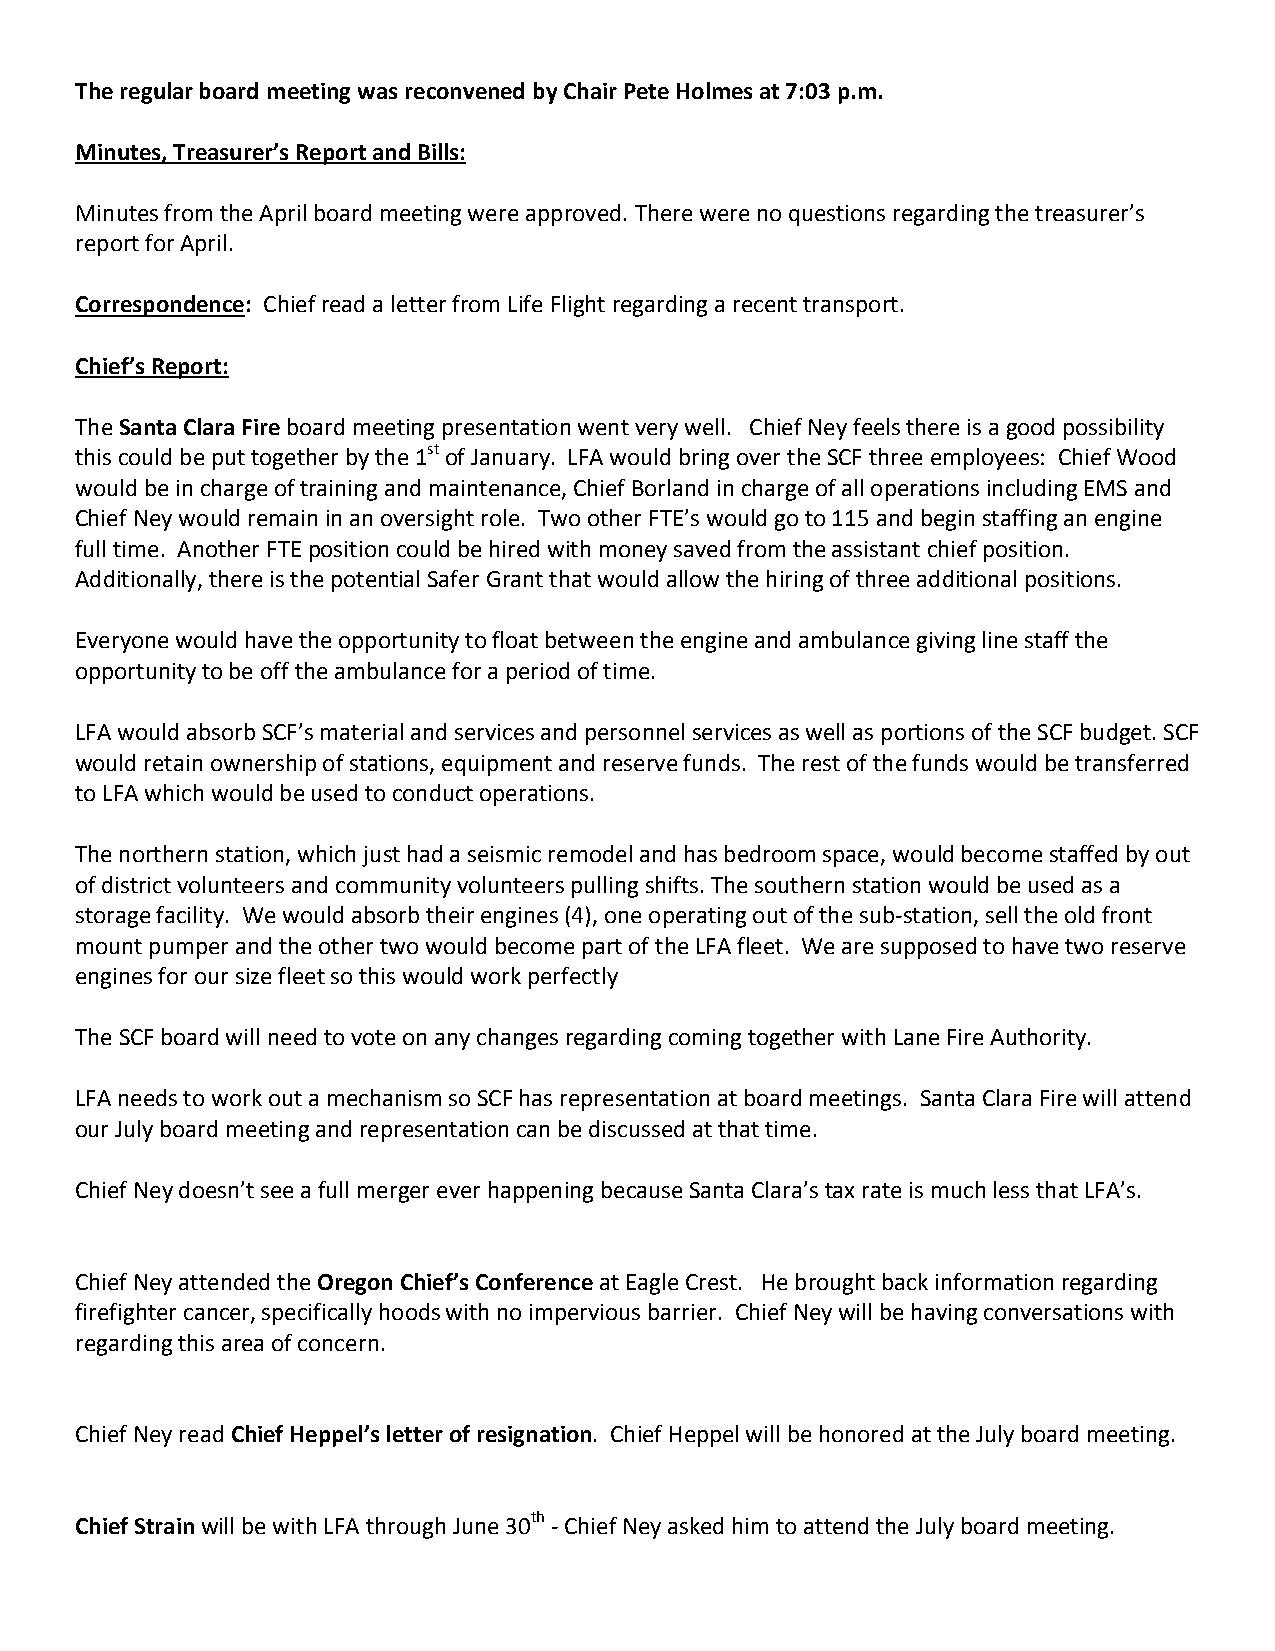
The regular board meeting was reconvened by Chair Pete Holmes at 7:03 p.m.
 Minutes, Treasurer’s Report and Bills:
 Minutes from the April board meeting were approved. There were no questions regarding the treasurer’s
 report for April.
 Correspondence: Chief read a letter from Life Flight regarding a recent transport.
 Chief’s Report:
 The Santa Clara Fire board meeting presentation went very well. Chief Ney feels there is a good possibility
 this could be put together by the 1st of January. LFA would bring over the SCF three employees: Chief Wood
 would be in charge of training and maintenance, Chief Borland in charge of all operations including EMS and
 Chief Ney would remain in an oversight role. Two other FTE’s would go to 115 and begin staffing an engine
 full time. Another FTE position could be hired with money saved from the assistant chief position.
 Additionally, there is the potential Safer Grant that would allow the hiring of three additional positions.
 Everyone would have the opportunity to float between the engine and ambulance giving line staff the
 opportunity to be off the ambulance for a period of time.
 LFA would absorb SCF’s material and services and personnel services as well as portions of the SCF budget. SCF
 would retain ownership of stations, equipment and reserve funds. The rest of the funds would be transferred
 to LFA which would be used to conduct operations.
 The northern station, which just had a seismic remodel and has bedroom space, would become staffed by out
 of district volunteers and community volunteers pulling shifts. The southern station would be used as a
 storage facility. We would absorb their engines (4), one operating out of the sub-station, sell the old front
 mount pumper and the other two would become part of the LFA fleet. We are supposed to have two reserve
 engines for our size fleet so this would work perfectly
 The SCF board will need to vote on any changes regarding coming together with Lane Fire Authority.
 LFA needs to work out a mechanism so SCF has representation at board meetings. Santa Clara Fire will attend
 our July board meeting and representation can be discussed at that time.
 Chief Ney doesn’t see a full merger ever happening because Santa Clara’s tax rate is much less that LFA’s.
 Chief Ney attended the Oregon Chief’s Conference at Eagle Crest. He brought back information regarding
 firefighter cancer, specifically hoods with no impervious barrier. Chief Ney will be having conversations with
 regarding this area of concern.
 Chief Ney read Chief Heppel’s letter of resignation. Chief Heppel will be honored at the July board meeting.
 Chief Strain will be with LFA through June 30th - Chief Ney asked him to attend the July board meeting.